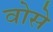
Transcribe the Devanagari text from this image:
वोसे